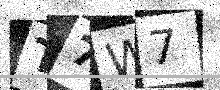
Text: T7W7